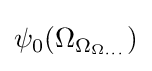
\psi _{0}(\Omega _{\Omega _{\Omega _{\cdots }}})